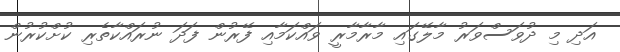
އަދި މި ދުވަސްވަރު މާލޭގައި މާރާމާރީ ވައްކަމާއި ފޭރުން ފަދަ ނުރައްކާތެރި ކުށްކުރުން